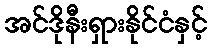
အင်ဒိုနီးရှားနိုင်ငံနှင့်